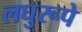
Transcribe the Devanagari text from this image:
लघुरूपे